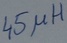
Text: 45µF